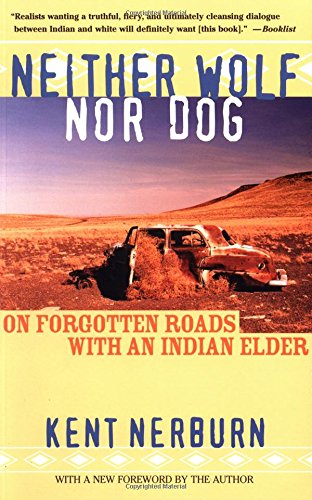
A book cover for Neither Wolf nor Dog: On Forgotten Roads with an Indian Elder; Kent Nerburn; Biographies & Memoirs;